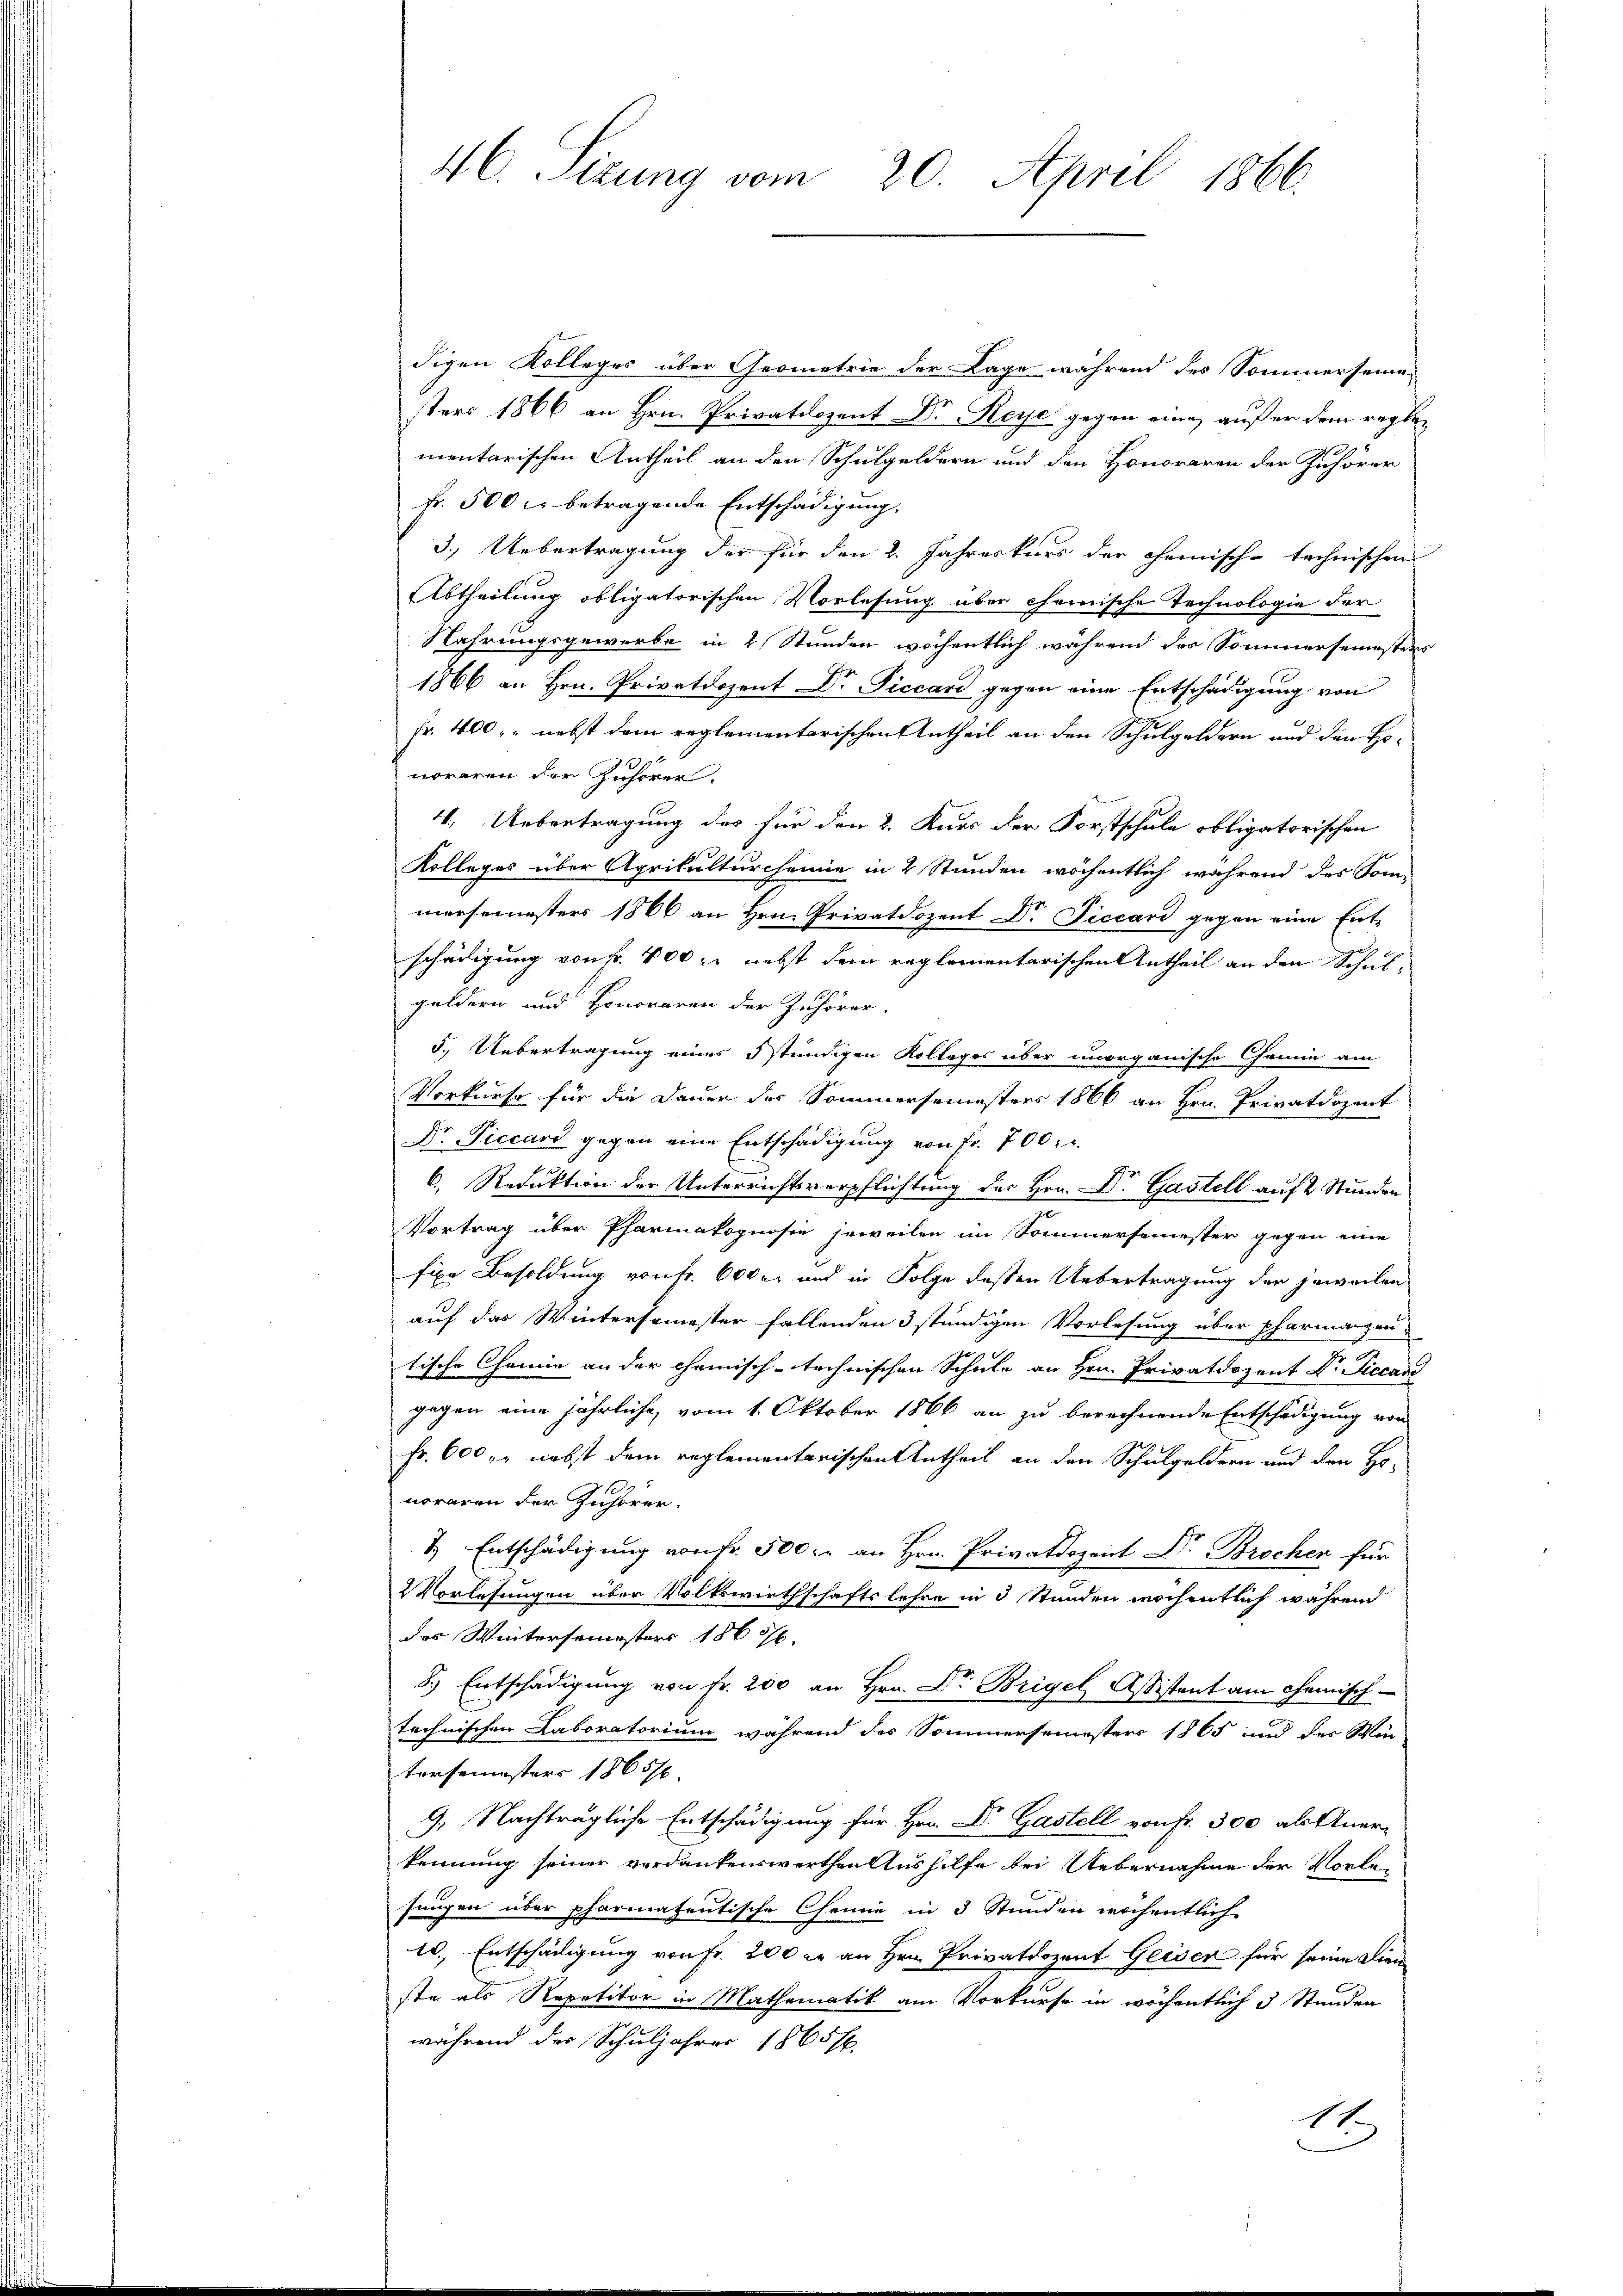
46. Sizung vom 20. April 1866.

digen Kolleges über Geometrie der Lage während des Sommerseine
sters 1866 an Hrn. Privatdozent Dr Keye gegen einen außer dem reglementarischen Antheil an den Schulgeldern und den Honoraren der Zuhörer
Fr. 500 c. betragende Entschädigung.
3.) Uebertragung der für den 2. Jahreskurs der chemisch-technischen
Abtheilung obligatorischen Vorlesung über chemische Technologie der
Nahrungsgewerbe in 2 Stunden wöchentlich während des Sommersemesters
1866 an Hrn. Privatdozent Dr. Piccan gegen eine Entschädigung von
Fr. 400, nebst dem reglementarischen Antheil an den Schulgeldern und den Henoraren der Zuhörer.
4. Uebertragung des für den 2. Kurs der Forstschule obligatorischen
Kolleges über Aprikulturcheinie in 2 Stunden wöchentlich während des Sommersemesters 1866 an Hrn. Privatdozent Dr. Piccard gegen eine Entschädigung von Fr. 400 r. nebst dem reglementarischen Antheil an den Schul-
geldern und Honoraren der Zuhörer.
5. Uebertragung eines stündigen Kolleges über unorganische Chemie am
Vorkurse für die Dauer der Sommersemesters 1866 an Hrn. Privatdozent
Dr. Piccari gegen eine Entschädigung von fr. 700.
f f
6.) Reduktion der Unterrichtsverpflichtung des Hrn. Dr. Gastell auf 2 Stunden
Vortrag über Pharmakopnosie jeweilen im Sommersemester gegen eine
fixe Besoldung von fr. 600 r. und in Folge dessen Uebertragung der jeweilen
auf das Wintersemester fallenden 3 stündigen Vorlesung über pharmanzen.
tische Chemie an der chemisch-technischen Schule an Hrn. Privatdozent Dr. Ficcar
gegen eine jährliche, vom 1. Oktober 1866 an zu berechnende Entschädigung von
Fr. 600, nebst dem reglementorischen Antheil an den Schulgeldern und den Ho
noraren der Zuhörer.
7. Entschädigung von Fr. 500 fr an Hrn. Privatdozent Dr. Brochen für
VVorlesungen über Volkswirthschaftslehre in 3 Stunden wöchentlich während
des Wintersemesters 1863/6.
8.) Entschädigung von Fr. 200 an Hrn. Dr. Brigel Assistant am Chemisch-
technischen Laboratorium während der Sommersemesters 1865 und der Win-
torsemesters 1865/6.
9., Nachträgliche Entschädigung für Hrn. Dr Gastell von Fr. 300 als Anerkennung seiner verdankenswertheiltes hilfe bei Uebernahme der Vorlasungen über pharmatentische Chemie in 3 Stunden wochentlich
10. Entschädigung von Fr. 200 er an Hrn. Privatdozent Geisen für seine Dien
ste als Repetitor in Mathematik am Vorkurse in wöchentlich 3 Stunden
während der Schuljahrer 1865/6.
1